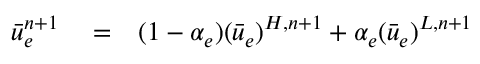
\begin{array} { r l r } { \bar { u } _ { e } ^ { n + 1 } } & { { } = } & { ( 1 - \alpha _ { e } ) ( \bar { u } _ { e } ) ^ { H , n + 1 } + \alpha _ { e } ( \bar { u } _ { e } ) ^ { L , n + 1 } } \end{array}